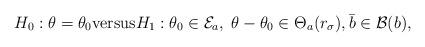
LaTeX: \begin{align*}H_0: \theta=\theta_0 \mathrm{versus} H_1: \theta_0 \in \mathcal{E}_a,\; \theta-\theta_0\in \Theta_a(r_\sigma), \bar b\in \mathcal{B}(b),\end{align*}